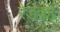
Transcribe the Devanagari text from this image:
रेडका